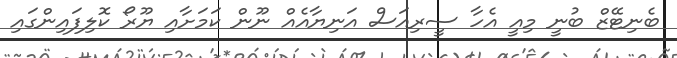
ބެނިޓޭޒް ބުނީ މިއީ އެހާ ސީރިއަސް އަނިޔާއެއް ނޫން ކަމަށާއި ޔޫރޯ ކޮލިފައިންގައި